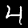
Digit: 4